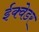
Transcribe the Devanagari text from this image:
ईक्वेडर